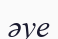
әуе